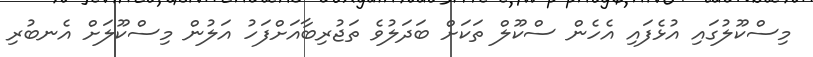
މިސްކޫލުގައި އުޅެފައި އެހެން ސްކޫލް ތަކަށް ބަދަލުވެ ތަޖުރިބާއަށްފަހު އަލުން މިސްކޫލަށް އެނބުރި